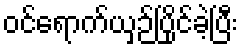
ဝင်ရောက်ယှဉ်ပြိုင်ခဲ့ပြီး